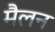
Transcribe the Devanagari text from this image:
मैलन